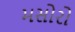
મસોરો